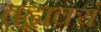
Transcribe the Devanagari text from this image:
तद्वाक्यं